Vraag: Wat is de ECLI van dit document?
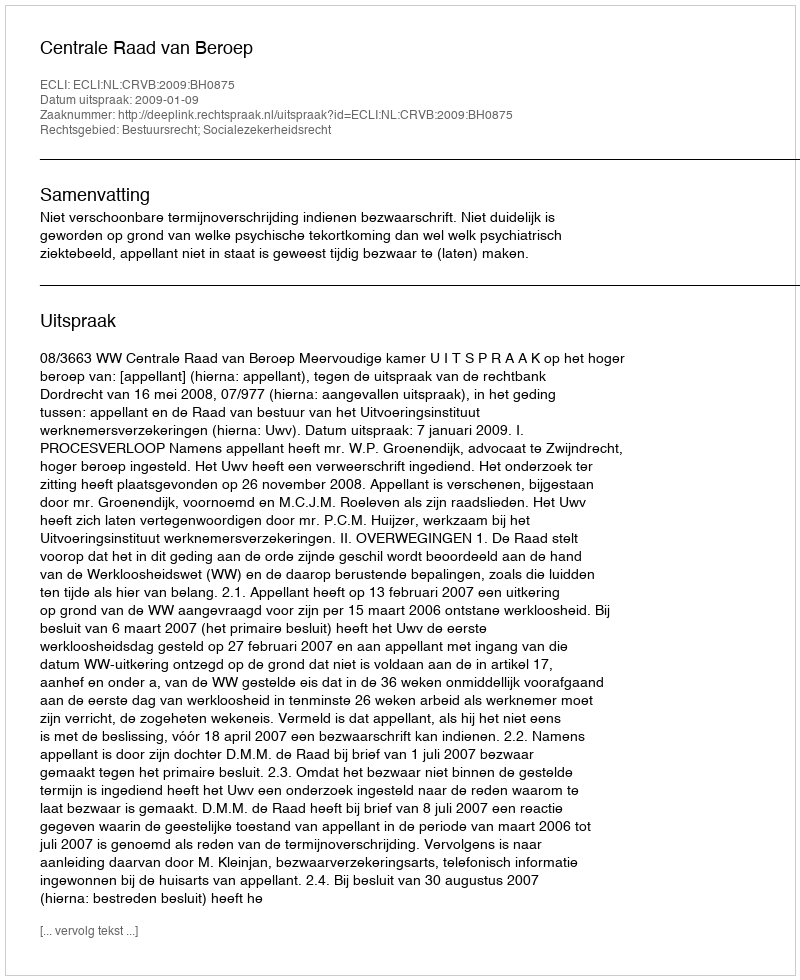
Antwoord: ECLI:NL:CRVB:2009:BH0875